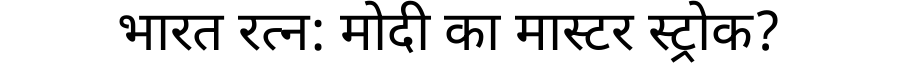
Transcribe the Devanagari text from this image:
भारत रत्न: मोदी का मास्टर स्ट्रोक?